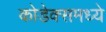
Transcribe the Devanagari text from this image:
कोडेक्समध्ये